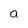
Character: a